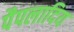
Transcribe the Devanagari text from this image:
पैपलादिय